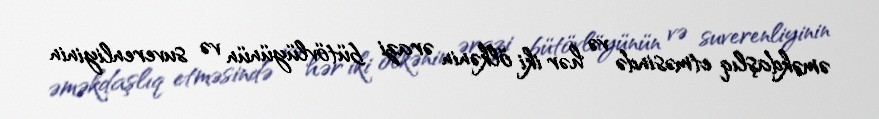
əməkdaşlıq etməsində və hər iki ölkənin ərazi bütövlüyünün və suverenliyinin